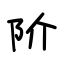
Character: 阶